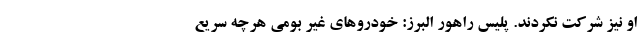
او نیز شرکت نکردند. پلیس راهور البرز: خودروهای غیر بومی هرچه سریع